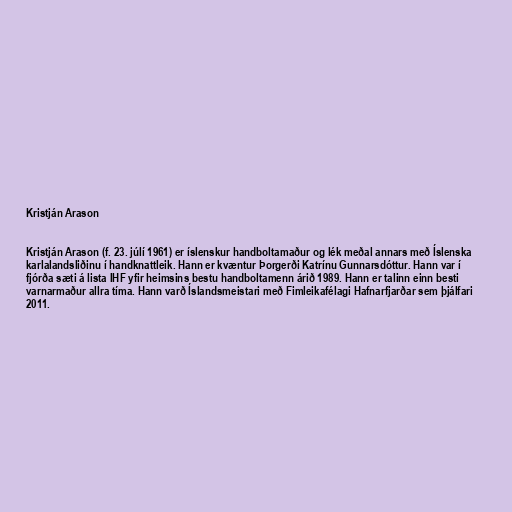
Kristján Arason

Kristján Arason (f. 23. júlí 1961) er íslenskur handboltamaður og lék meðal annars með Íslenska
karlalandsliðinu í handknattleik. Hann er kvæntur Þorgerði Katrínu Gunnarsdóttur. Hann var í
fjórða sæti á lista IHF yfir heimsins bestu handboltamenn árið 1989. Hann er talinn einn besti
varnarmaður allra tíma. Hann varð Íslandsmeistari með Fimleikafélagi Hafnarfjarðar sem þjálfari
2011.